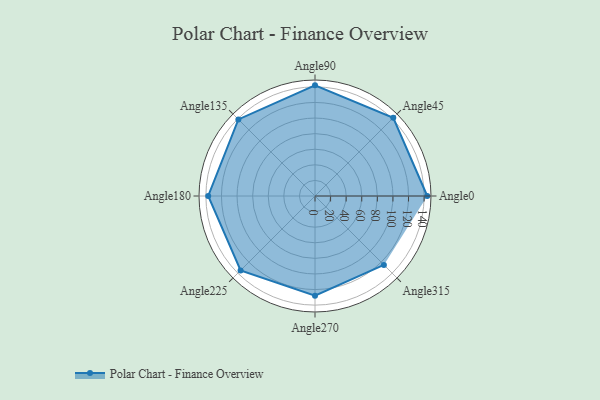
{"axis": {"x": "Angle", "y": "Radius"}, "legend": [""], "data": [{"x": "Angle0", "y": 144.0, "type": ""}, {"x": "Angle45", "y": 142.0, "type": ""}, {"x": "Angle90", "y": 142.0, "type": ""}, {"x": "Angle135", "y": 139.0, "type": ""}, {"x": "Angle180", "y": 137.0, "type": ""}, {"x": "Angle225", "y": 135.0, "type": ""}, {"x": "Angle270", "y": 128.0, "type": ""}, {"x": "Angle315", "y": 125.0, "type": ""}]}